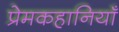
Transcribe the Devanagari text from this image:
प्रेमकहानियाँ